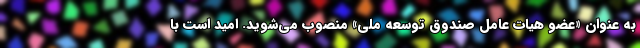
به عنوان «عضو هیات عامل صندوق توسعه ملی» منصوب می‌شوید. امید است با